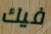
فيك